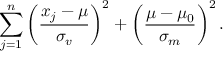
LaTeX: \sum _ { j = 1 } ^ { n } \left( { \frac { x _ { j } - \mu } { \sigma _ { v } } } \right) ^ { 2 } + \left( { \frac { \mu - \mu _ { 0 } } { \sigma _ { m } } } \right) ^ { 2 } .